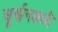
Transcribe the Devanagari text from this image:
घूर्णनशली